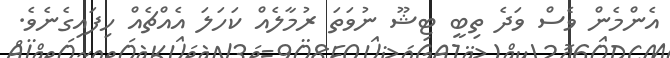
އެންމެން ވެސް ވަދެ ތިބީ ޓިޝޫ ނުވަތަ ރުމާލެއް ކަހަލަ އެއްޗެއް ހިފައިގެނެވެ.